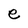
Character: e